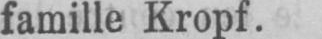
famille Kropf.